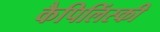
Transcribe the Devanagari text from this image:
कैपिलिंस्की